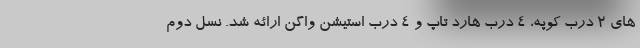
های 2 درب کوپه، 4 درب هارد تاپ و 4 درب استیشن واگن ارائه شد. نسل دوم